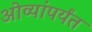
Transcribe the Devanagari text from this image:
ओव्यांपर्यंत